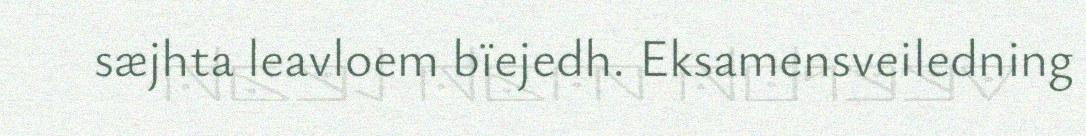
sæjhta leavloem bïejedh. Eksamensveiledning